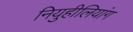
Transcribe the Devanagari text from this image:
नियुहीलियांग